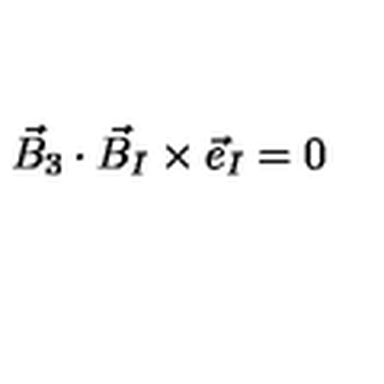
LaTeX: { \vec { B } } _ { 3 } \cdot { \vec { B } } _ { I } \times { \vec { e } } _ { I } = 0